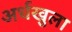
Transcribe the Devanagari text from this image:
अर्धखुला